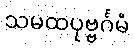
သမထပုဗ္ဗင်္ဂမံ